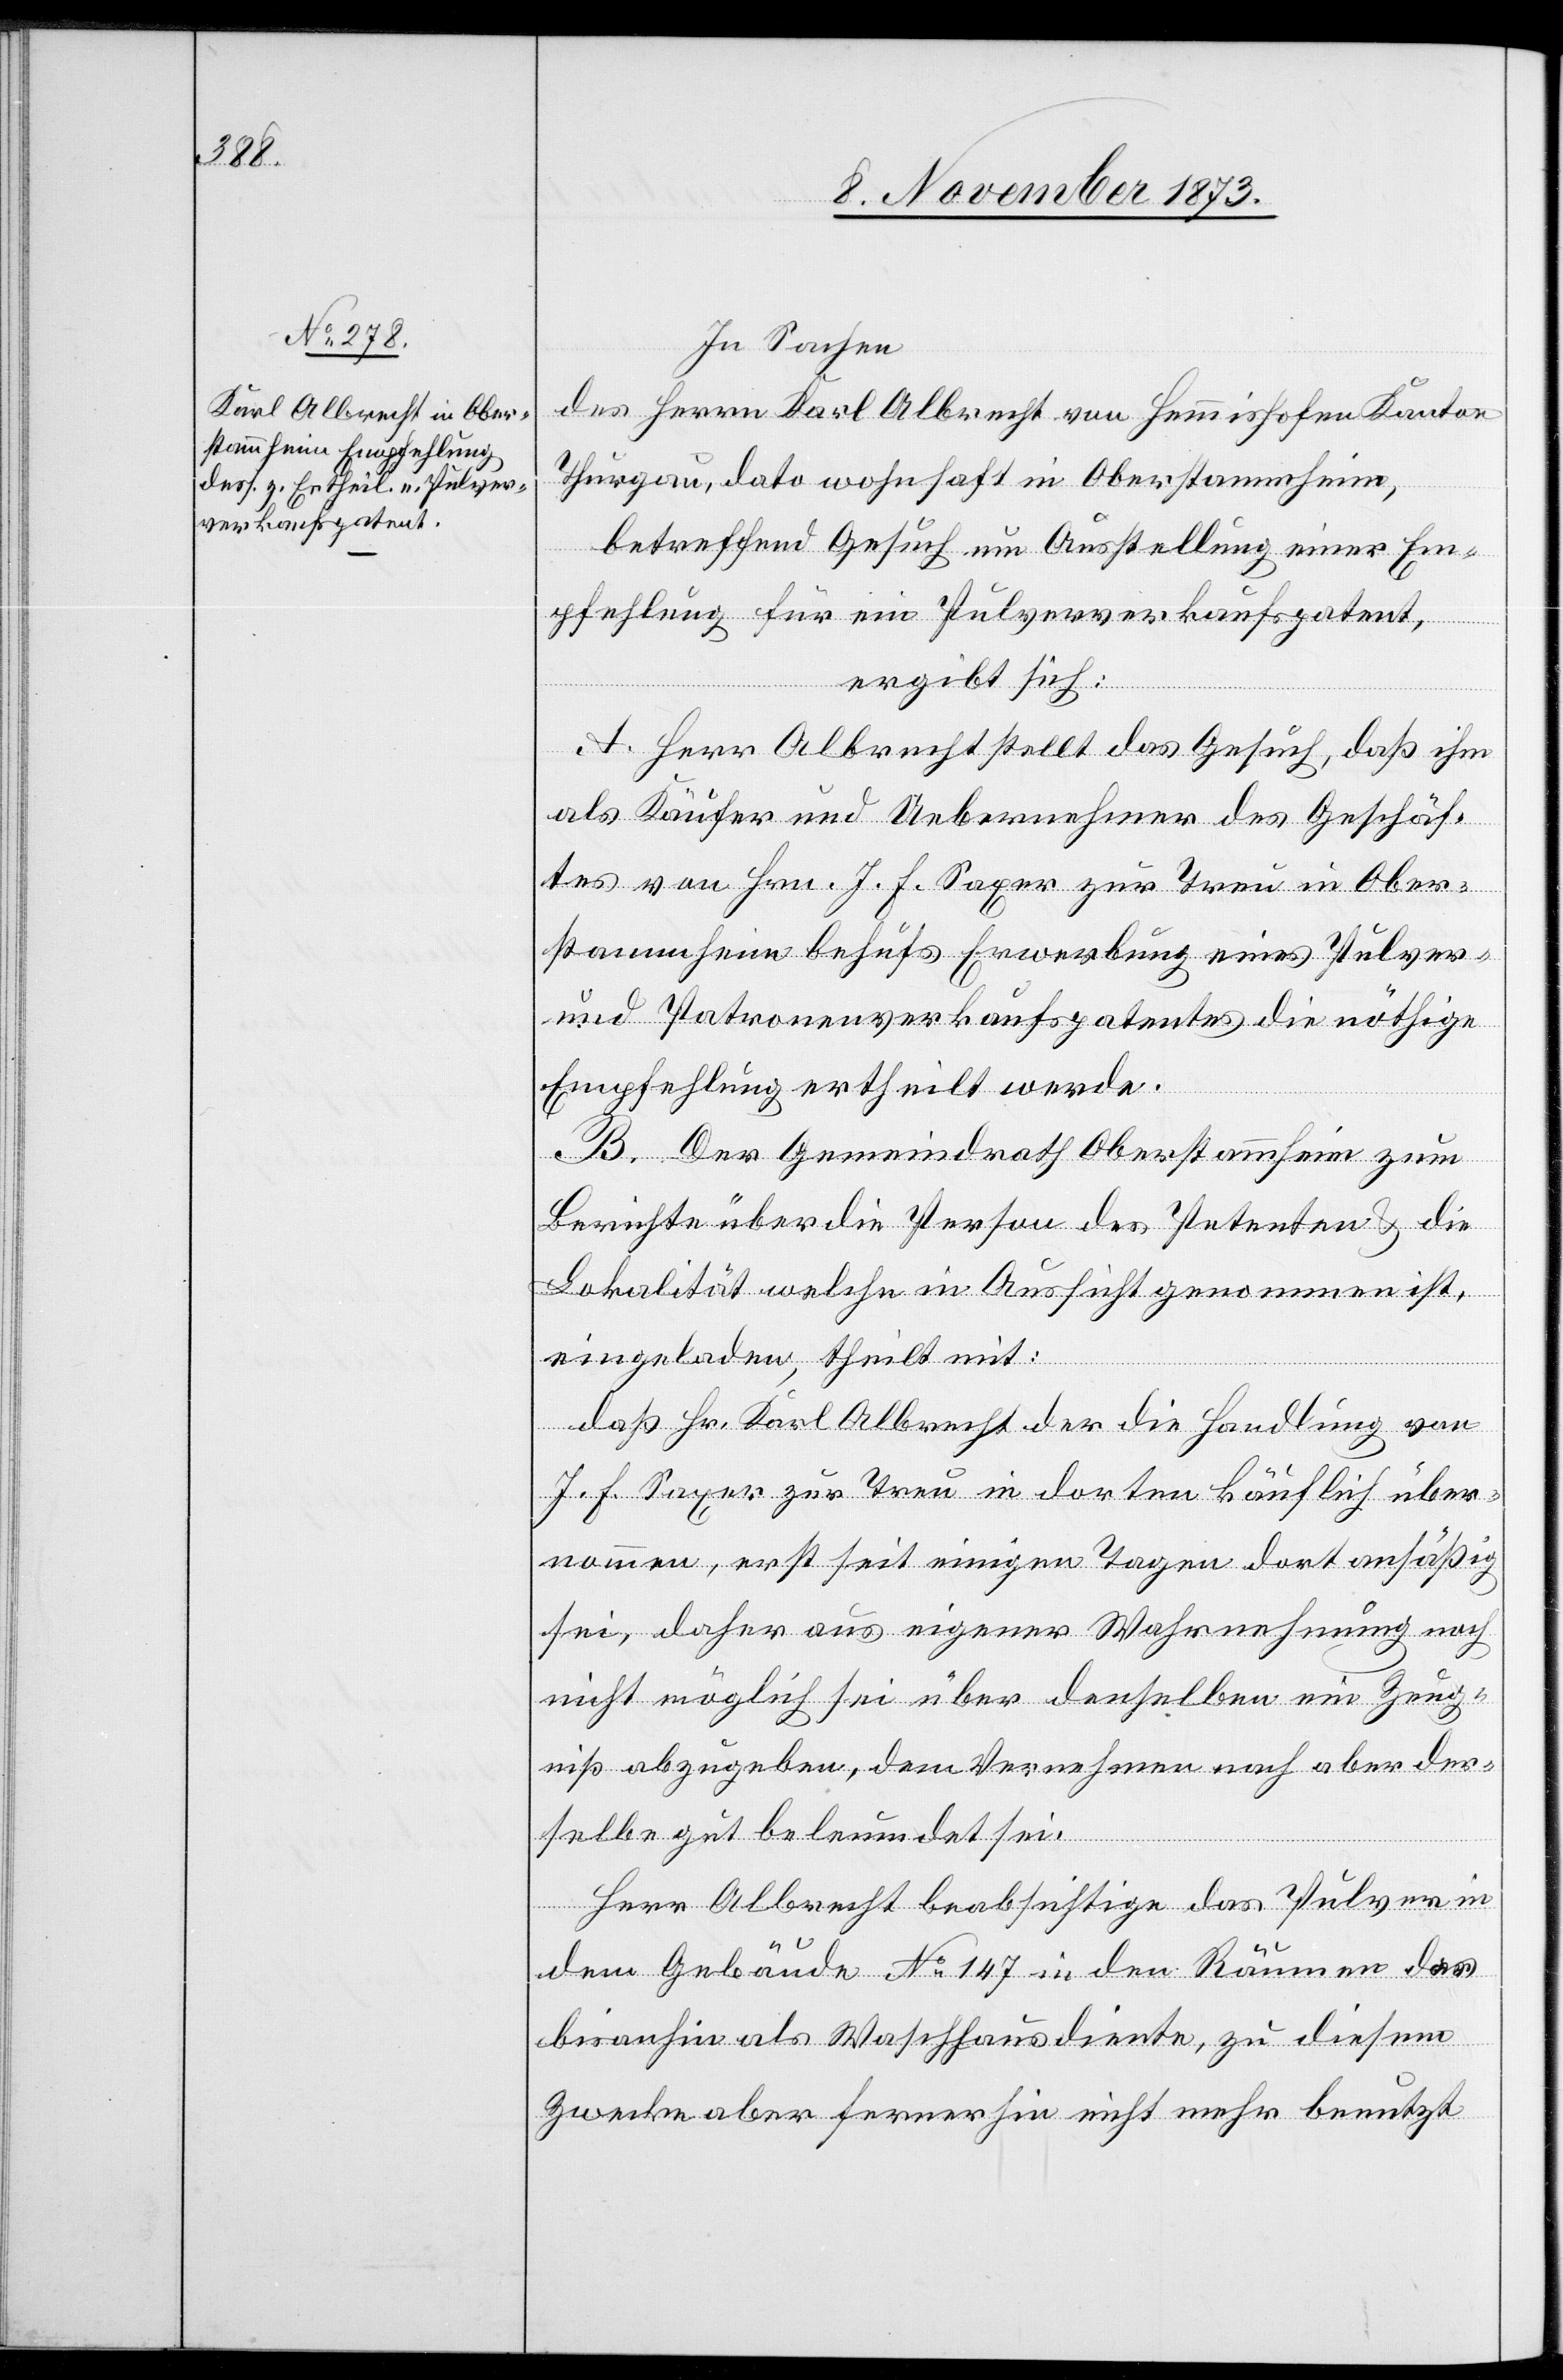
In Sachen
des Herrn Karl Albrecht von Hemmishofen Kanton
Thurgau, dato wohnhaft in Oberstammheim,
betreffend Gesuch um Ausstellung einer Em¬
pfehlung für ein Pulververkaufspatent,
ergibt sich:
A. Herr Albrecht stellt das Gesuch, daß ihm
als Käufer und Uebernehmer des Geschäf¬
tes von Hrn. J. F. Saxer zur Treu in Ober¬
stammheim behufs Erwerbung eines Pulver-
und Patronenverkaufspatentes die nöthige
Empfehlung ertheilt werde.
B. Der Gemeindrath Oberstammheim zum
Berichte über die Person des Petenten & die
Lokalität welche in Aussicht genommen ist,
eingeladen, theilt mit:
daß Hr. Karl Albrecht der die Handlung von
J. F. Saxer zur Treu in dorten käuflich über¬
nommen, erst seit einigen Tagen dort ansäßig
sei, daher aus eigener Wahrnehmung noch
nicht möglich sei über denselben ein Zeug¬
niß abzugeben, dem Vernehmen nach aber der¬
selbe gut beleumdet sei.
Herr Albrecht beabsichtige das Pulver in
dem Gebäude No 147 in den Räumen der
bis anhin als Waschhaus diente, zu diesem
Zwecke aber fernerhin nicht mehr benutzt